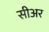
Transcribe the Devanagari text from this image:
सीअर